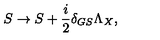
S \rightarrow S + { \frac { i } { 2 } } \delta _ { G S } \Lambda _ { X } ,